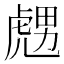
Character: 𧇙